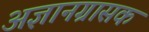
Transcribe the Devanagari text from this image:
अज्ञानग्रासकं